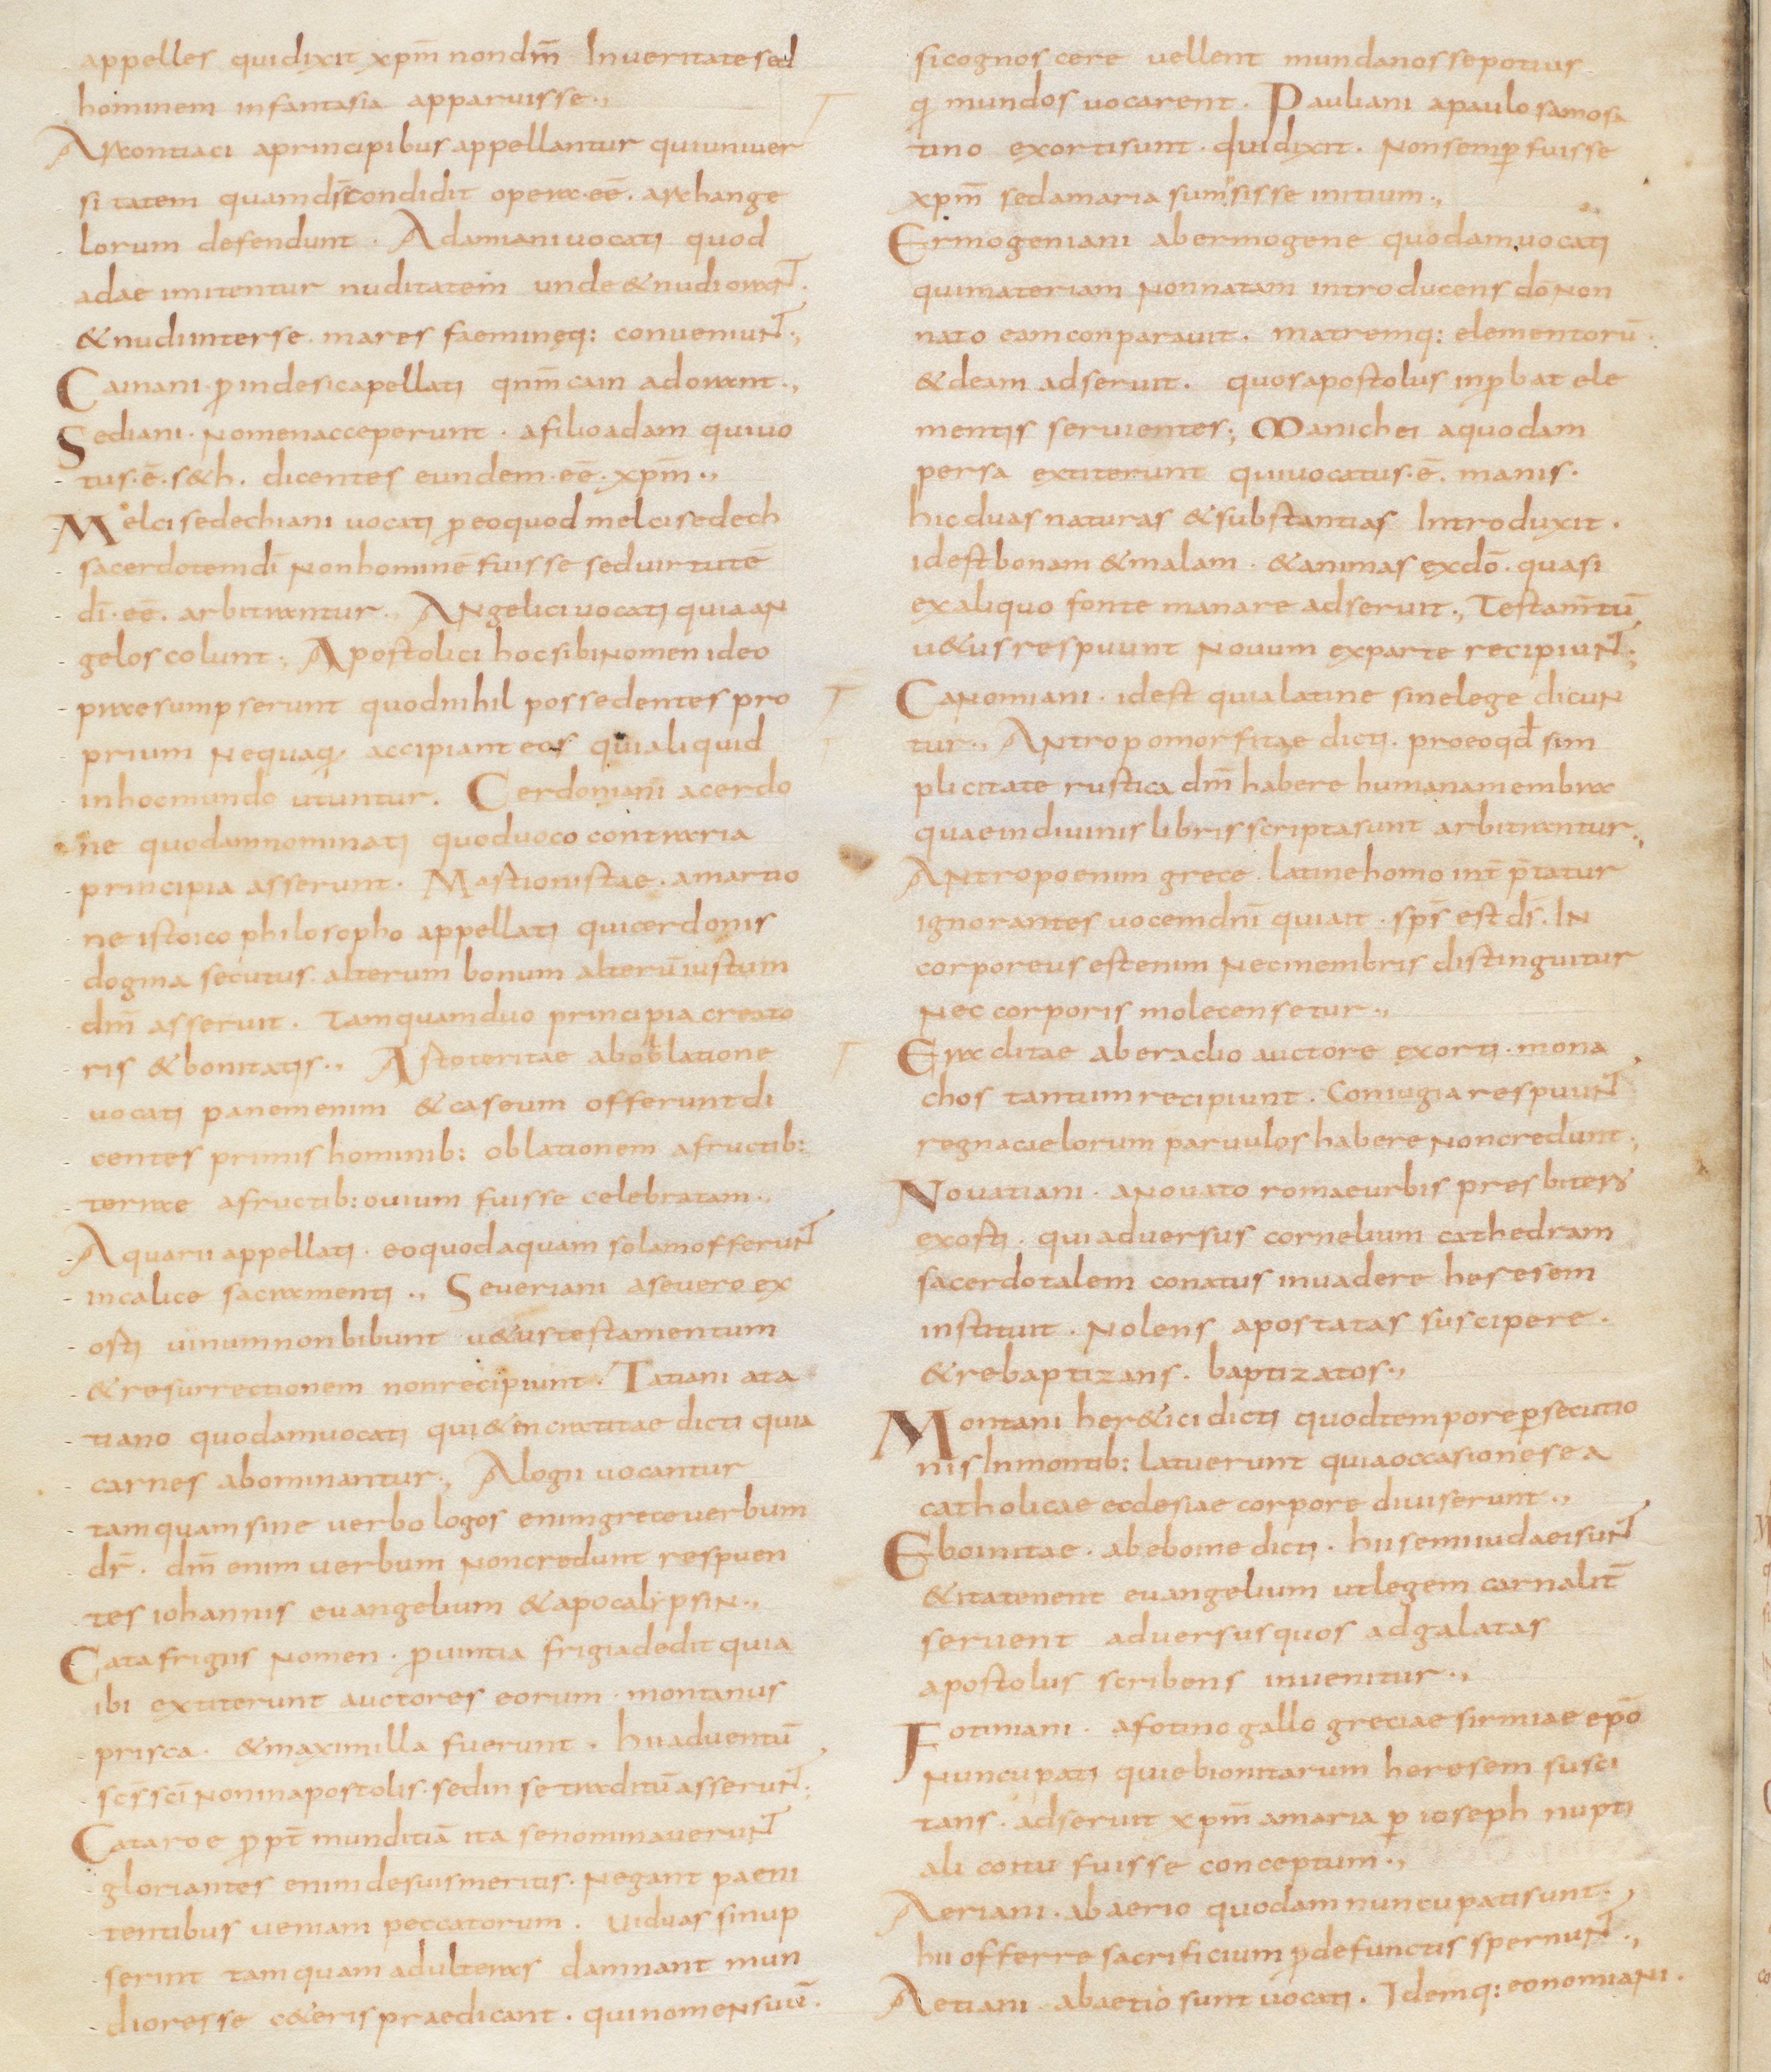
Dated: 800–829